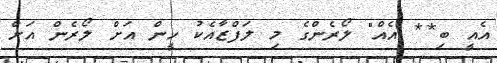
އެއީ ބި** އެއް" ލޯރެންގެ މި ލަފްޒާއެކު ހީން އަށް ލޯރެން އަށް